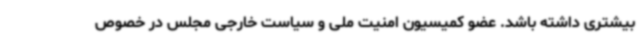
بیشتری داشته باشد. عضو کمیسیون امنیت ملی و سیاست خارجی مجلس در خصوص